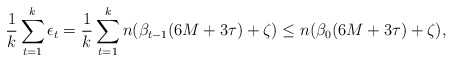
\begin{align*}\frac{1}{k}\sum_{t=1}^k\epsilon_t = \frac{1}{k}\sum_{t=1}^k n (\beta_{t-1}(6M + 3\tau) + \zeta) \leq n (\beta_{0}(6M + 3\tau) + \zeta),\end{align*}